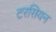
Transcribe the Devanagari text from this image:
टरसियन